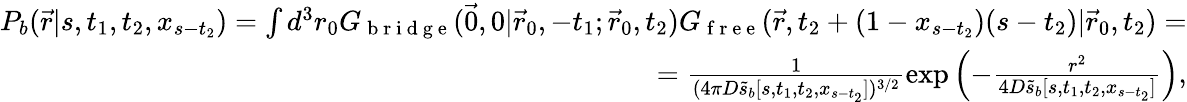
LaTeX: \begin{array}{r}{P_{b}(\vec{r}|s,t_{1},t_{2},x_{s-t_{2}})=\int d^{3}r_{0}G_{\mathrm{~b~r~i~d~g~e~}}(\vec{0},0|\vec{r}_{0},-t_{1};\vec{r}_{0},t_{2})G_{\mathrm{~f~r~e~e~}}(\vec{r},t_{2}+(1-x_{s-t_{2}})(s-t_{2})|\vec{r}_{0},t_{2})=}\\ {=\frac{1}{(4\pi D\tilde{s}_{b}[s,t_{1},t_{2},x_{s-t_{2}}])^{3/2}}\exp\left(-\frac{r^{2}}{4D\tilde{s}_{b}[s,t_{1},t_{2},x_{s-t_{2}}]}\right),}\end{array}